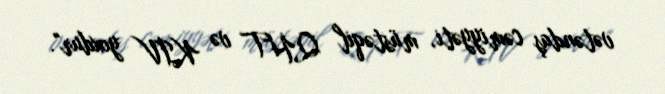
vətəndaş cəmiyyəti, müstəqil QHT və KİV yoxdur".